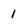
Character: 1